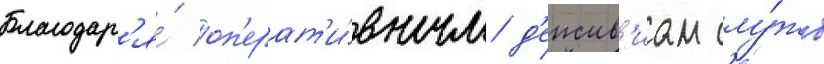
Благодар'я́ оп'ерат'и́вным д'еиств'иам слу́жб